Sanitation, dispensaries and jails vaccination Rajputana 1922-1927 - 1922-1927
Year: 1922
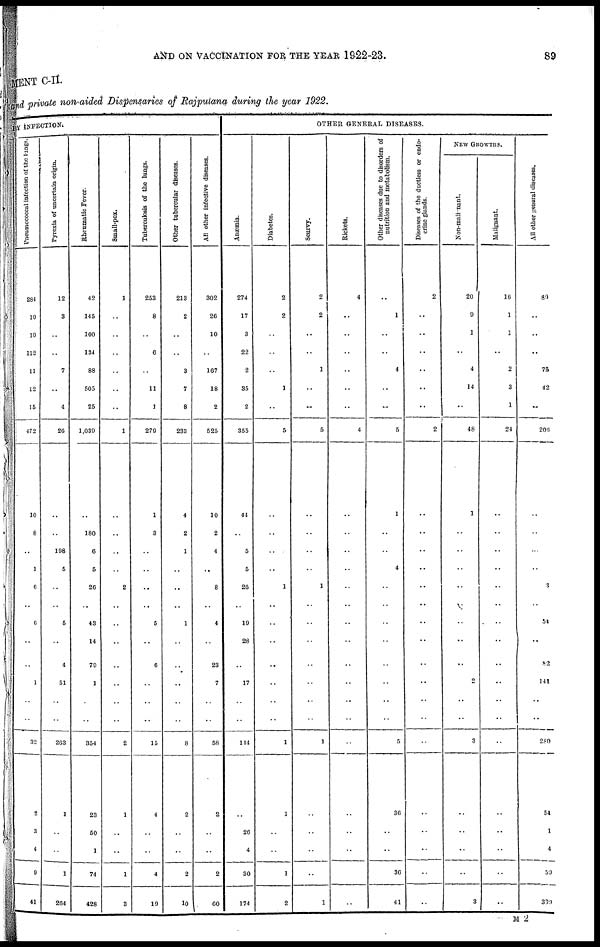
AND ON VACCINATION FOR THE YEAR 1922-23.
89
MENT C-II.
and private non-aided Dispensaries of Rajputana during the year 1922.
BY INFECTION.
Pneumococcal Infection of the lungs.
284
10
19
112
11
12
15
472
10
8
..
1
6
6
..
..
1
..
..
32
2
3
4
9
41
Pyrexia of uncertain origin.
12
3
..
..
7
..
4
26
..
..
108
5
..
5
..
4
51
..
..
263
1
..
..
1
264
Rheumatic Fever.
42
145
100
134
88
505
25
1,039
..
180
6
5
26
43
14
79
1
..
..
354
23
50
1
74
428
Small-pox.
1
..
..
..
..
..
..
1
..
..
..
..
2
..
..
..
..
..
..
2
1
..
..
1
3
Tuberculosis of the lungs.
253
8
..
6
..
11
1
279
1
3
..
..
..
5
..
6
..
..
..
15
4
..
..
4
19
Other tubercular diseases.
213
2
..
..
3
7
8
233
4
2
1
..
..
1
..
..
..
..
..
8
2
..
..
2
10
All other infective diseases.
302
26
10
..
167
18
2
525
10
2
4
..
8
4
..
23
7
..
..
58
2
..
..
2
60
OTHER GENERAL DISEASES.
Anæmia.
274
17
3
22
2
35
2
355
44
..
5
5
20
19
28
..
17
..
..
144
..
26
4
30
174
Diabetes.
2
2
..
..
..
1
..
5
..
..
..
..
1
..
..
..
..
..
..
1
1
..
..
1
2
Scurvy.
2
2
..
..
1
..
..
5
..
..
..
..
1
..
..
..
..
..
..
1
..
..
..
..
1
Rickets.
4
..
..
..
..
..
..
4
..
..
..
..
..
..
..
..
..
..
..
..
..
..
..
..
..
Other diseases due to disorders of
nutrition and metabolism.
..
1
..
..
4
..
..
5
1
..
..
4
..
..
..
..
..
..
..
5
36
..
..
36
41
Diseases of the ductless or endo-
crine glands.
2
..
..
..
..
..
..
2
..
..
..
..
..
..
..
..
..
..
..
..
..
..
..
..
..
NEW GROWTHS.
Non-malignant.
20
9
1
..
4
14
..
48
1
..
..
..
..
..
..
..
2
..
..
3
..
..
..
..
3
Malignant.
16
1
1
..
2
3
1
24
..
..
..
..
..
..
..
..
..
..
..
..
..
..
..
..
..
All other general diseases.
89
..
..
..
75
42
..
206
..
..
..
..
3
54
..
82
141
..
..
280
54
1
4
59
330
M 2